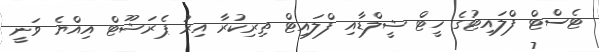
ޓެސްޓް ފްލައިޓުގެ ހީޓް ޝީލްޑާއި ފްލައިޓް ތިރިކުރާ އިރު ޕެރަޝޫޓް އިއްޔެ ވަނީ